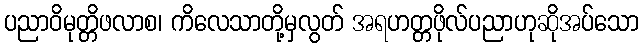
ပညာဝိမုတ္တိဖလာစ၊ ကိလေသာတို့မှလွတ် အရဟတ္တဖိုလ်ပညာဟုဆိုအပ်သော